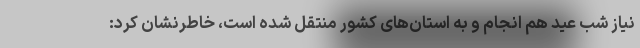
نیاز شب عید هم انجام و به استان‌های کشور منتقل شده است، خاطرنشان کرد: